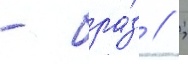
- бра́з // ;